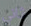
ثاني